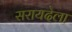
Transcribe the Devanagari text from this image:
सरायदेला